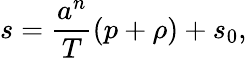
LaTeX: s={\frac{a^{n}}{T}}(p+\rho)+s_{0},